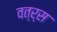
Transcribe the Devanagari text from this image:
वत्र्स